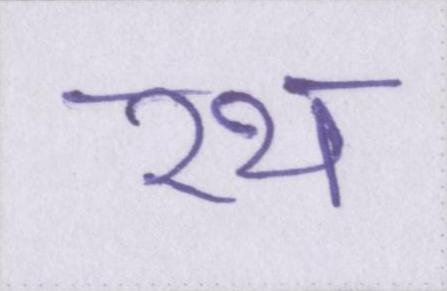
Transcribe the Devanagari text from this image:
रथ